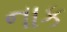
નાક